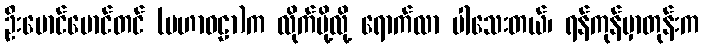
ဦးမောင်မောင်တင် (မဟာဝဠာ)က လိုက်ပို့လို့ ရောက်လာ ပါသေးတယ်၊ ရန်ကုန်မှာတုန်းက